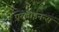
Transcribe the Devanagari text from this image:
एरलाइनन्स